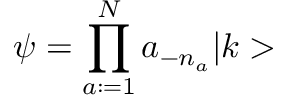
\psi = \prod _ { a : = 1 } ^ { N } a _ { - n _ { a } } \vert k >